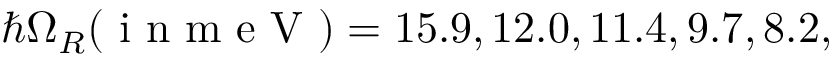
\hbar \Omega _ { R } ( \mathrm { ~ i ~ n ~ m ~ e ~ V ~ } ) = 1 5 . 9 , 1 2 . 0 , 1 1 . 4 , 9 . 7 , 8 . 2 ,